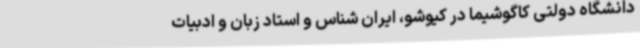
دانشگاه دولتی کاگوشیما در کیوشو، ایران شناس و استاد زبان و ادبیات